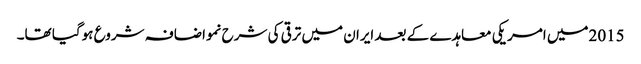
2015میں امریکی معاہدے کے بعد ایران میں ترقی کی شرح نمواضافہ شروع ہوگیا تھا۔